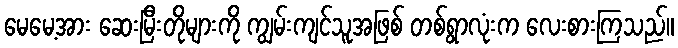
မေမေ့အား ဆေးမြီးတိုများကို ကျွမ်းကျင်သူအဖြစ် တစ်ရွာလုံးက လေးစားကြသည်။